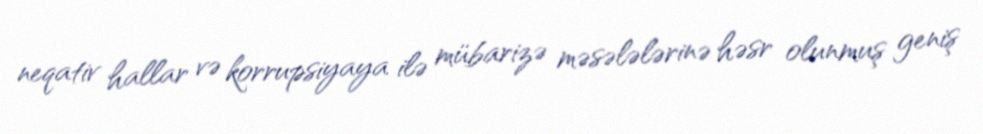
neqativ hallar və korrupsiyaya ilə mübarizə məsələlərinə həsr olunmuş geniş